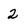
Character: 2